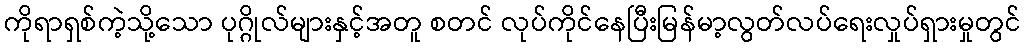
ကိုရာရှစ်ကဲ့သို့သော ပုဂ္ဂိုလ်များနှင့်အတူ စတင် လုပ်ကိုင်နေပြီးမြန်မာ့လွတ်လပ်ရေးလှုပ်ရှားမှုတွင်